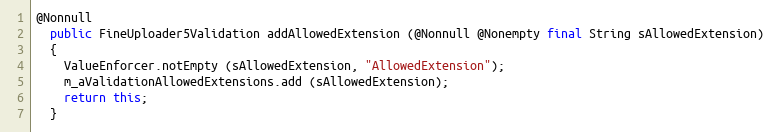
Language: Java
@Nonnull
  public FineUploader5Validation addAllowedExtension (@Nonnull @Nonempty final String sAllowedExtension)
  {
    ValueEnforcer.notEmpty (sAllowedExtension, "AllowedExtension");
    m_aValidationAllowedExtensions.add (sAllowedExtension);
    return this;
  }